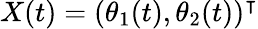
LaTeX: X(t)=(\theta_{1}(t),\theta_{2}(t))^{\intercal}